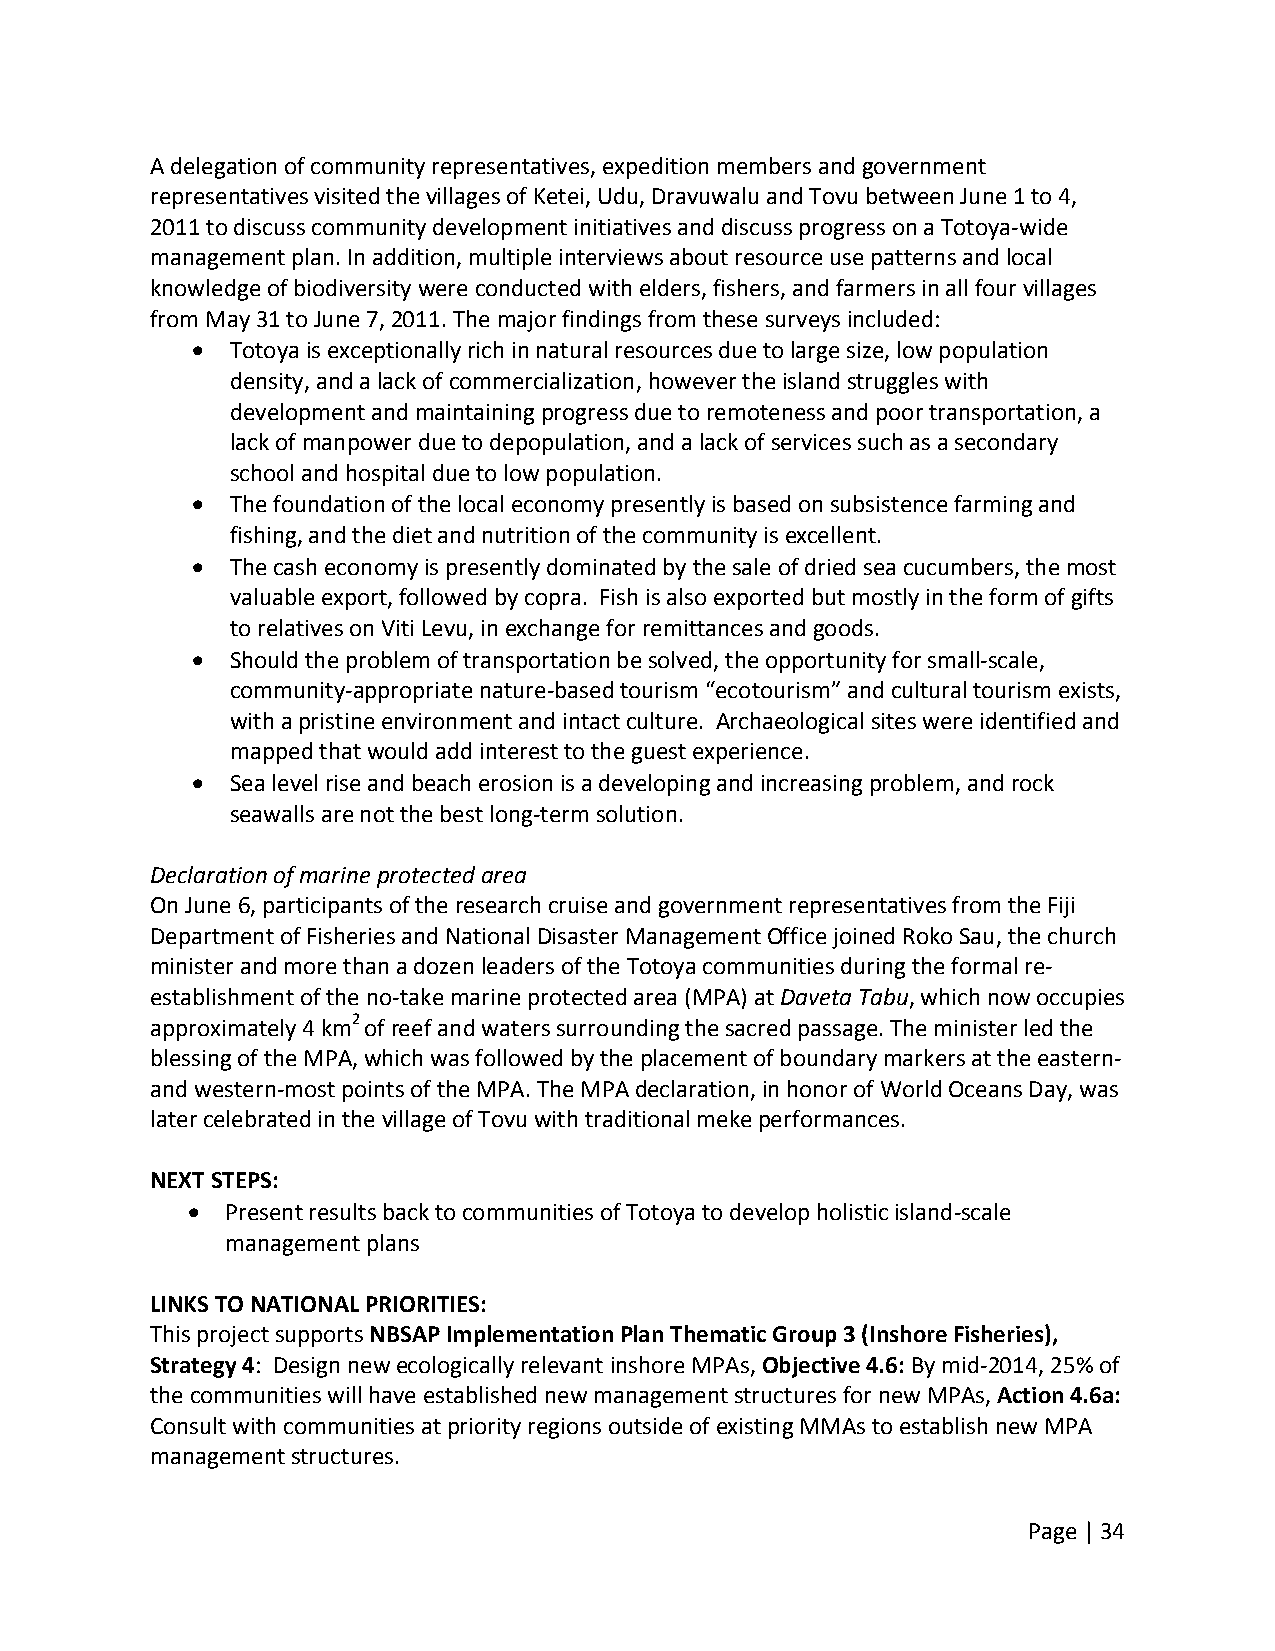
A delegation of community representatives, expedition members and government
 representatives visited the villages of Ketei, Udu, Dravuwalu and Tovu between June 1 to 4,
 2011 to discuss community development initiatives and discuss progress on a Totoya‐wide
 management plan. In addition, multiple interviews about resource use patterns and local
 knowledge of biodiversity were conducted with elders, fishers, and farmers in all four villages
 from May 31 to June 7, 2011. The major findings from these surveys included:
  Totoya is exceptionally rich in natural resources due to large size, low population
 density, and a lack of commercialization, however the island struggles with
 development and maintaining progress due to remoteness and poor transportation, a
 lack of manpower due to depopulation, and a lack of services such as a secondary
 school and hospital due to low population.
  The foundation of the local economy presently is based on subsistence farming and
 fishing, and the diet and nutrition of the community is excellent.
  The cash economy is presently dominated by the sale of dried sea cucumbers, the most
 valuable export, followed by copra. Fish is also exported but mostly in the form of gifts
 to relatives on Viti Levu, in exchange for remittances and goods.
  Should the problem of transportation be solved, the opportunity for small‐scale,
 community‐appropriate nature‐based tourism “ecotourism” and cultural tourism exists,
 with a pristine environment and intact culture. Archaeological sites were identified and
 mapped that would add interest to the guest experience.
  Sea level rise and beach erosion is a developing and increasing problem, and rock
 seawalls are not the best long‐term solution.
 Declaration of marine protected area
 On June 6, participants of the research cruise and government representatives from the Fiji
 Department of Fisheries and National Disaster Management Office joined Roko Sau, the church
 minister and more than a dozen leaders of the Totoya communities during the formal re‐
 establishment of the no‐take marine protected area (MPA) at Daveta Tabu, which now occupies
 approximately 4 km2 of reef and waters surrounding the sacred passage. The minister led the
 blessing of the MPA, which was followed by the placement of boundary markers at the eastern‐
 and western‐most points of the MPA. The MPA declaration, in honor of World Oceans Day, was
 later celebrated in the village of Tovu with traditional meke performances.
 NEXT STEPS:
   Present results back to communities of Totoya to develop holistic island‐scale
 management plans
 LINKS TO NATIONAL PRIORITIES:
 This project supports NBSAP Implementation Plan Thematic Group 3 (Inshore Fisheries),
 Strategy 4: Design new ecologically relevant inshore MPAs, Objective 4.6: By mid‐2014, 25% of
 the communities will have established new management structures for new MPAs, Action 4.6a:
 Consult with communities at priority regions outside of existing MMAs to establish new MPA
 management structures.
 Page | 34